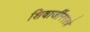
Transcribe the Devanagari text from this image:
शिवाजींनगरचे